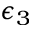
\epsilon _ { 3 }